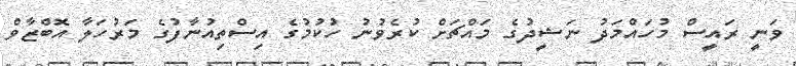
ވަނީ ރައީސް މުހައްމަދު ނަޝީދުގެ މައްޗަށް ކުރެވުނު ހުކުމުގެ އިސްތިއުނާފުގެ މަރުހަލާ އޮބްޒާވް